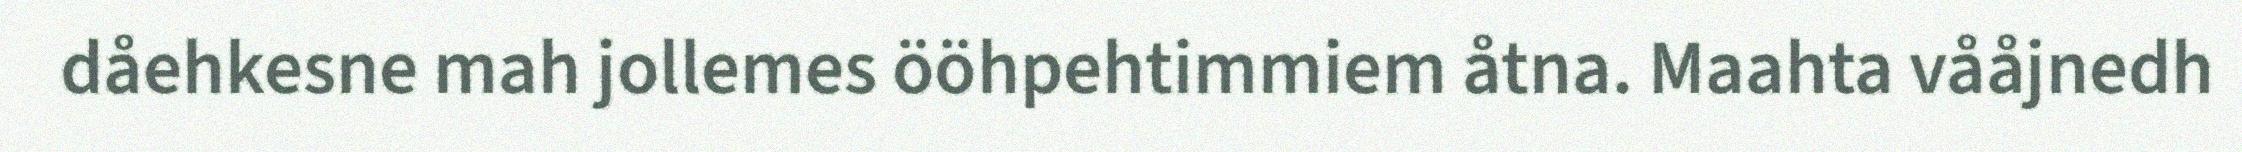
dåehkesne mah jollemes ööhpehtimmiem åtna. Maahta vååjnedh